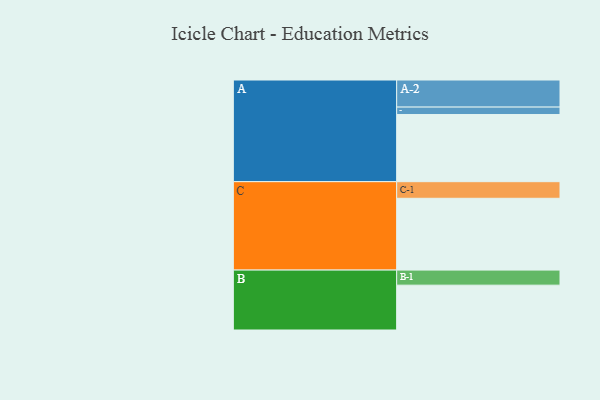
{"axis": {"x": "Segment", "y": "Value"}, "legend": ["", "A", "B", "C"], "data": [{"x": "A", "y": 526, "type": ""}, {"x": "B", "y": 351, "type": ""}, {"x": "C", "y": 562, "type": ""}, {"x": "A-1", "y": 58, "type": "A"}, {"x": "A-2", "y": 212, "type": "A"}, {"x": "B-1", "y": 118, "type": "B"}, {"x": "C-1", "y": 130, "type": "C"}]}